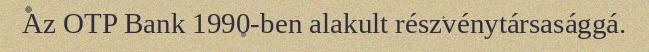
Az OTP Bank 1990-ben alakult részvénytársasággá.